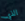
الذي